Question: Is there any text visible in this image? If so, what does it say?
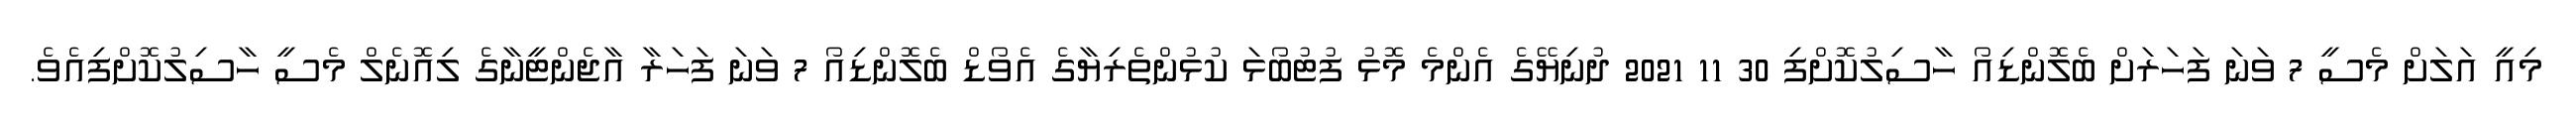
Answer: މިއީ އަލަށް މެސީ 7 ވަނަ ފަހަރަށް ބެލޮންޑިއޯ ހާސިލުކޮށްފި 30 11 2021 ދުނިޔޭގެ އެންމެ މޮޅު ފުޓުބޯޅަ ކުޅުންތެރިޔާގެ އެވޯޑް ބެލޮންޑިއޯ 7 ވަނަ ފަހަރާ އާޖެންޓީނާގެ ލިއޮނެލް މެސީ ހާސިލުކޮށްފިއެވެ.